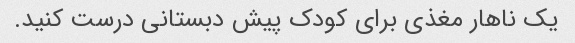
یک ناهار مغذی برای کودک پیش دبستانی درست کنید.